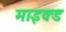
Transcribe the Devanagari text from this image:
माइक्ड